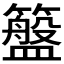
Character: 𮆮